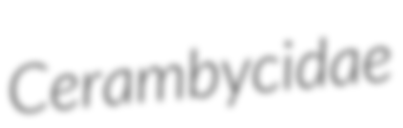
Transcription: Cerambycidae